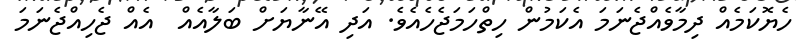
ހެޔޮކަމެއް ދިމާވެއްޖެނަމަ އެކަމުން ހިތްހަމަޖެހެއެވެ. އަދި އޭނާޔަށް ބަލާއެއް  އެއް ޖެހިއްޖެނަމަ